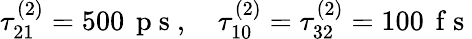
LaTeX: \tau_{21}^{(2)}=500\, \mathrm{~p~s~},\quad\tau_{10}^{(2)}=\tau_{32}^{(2)}=100\, \mathrm{~f~s~}